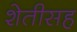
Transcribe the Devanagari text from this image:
शेतीसह